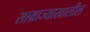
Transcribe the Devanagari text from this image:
साम्राज्याखालील